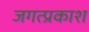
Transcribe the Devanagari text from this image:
जगत्प्रकाश